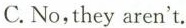
C.No,they aren't.